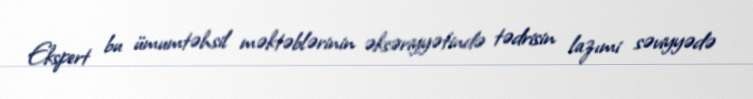
Ekspert bu ümumtəhsil məktəblərinin əksəriyyətində tədrisin lazımi səviyyədə